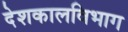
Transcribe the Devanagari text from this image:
देशकालविभाग